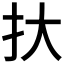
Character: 𢪂